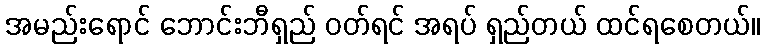
အမည်းရောင် ဘောင်းဘီရှည် ဝတ်ရင် အရပ် ရှည်တယ် ထင်ရစေတယ်။